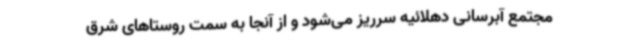
مجتمع آبرسانی دهلائیه سرریز می‌شود و از آنجا به سمت روستاهای شرق